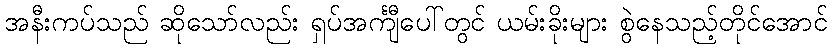
အနီးကပ်သည် ဆိုသော်လည်း ရှပ်အင်္ကျီပေါ်တွင် ယမ်းခိုးများ စွဲနေသည့်တိုင်အောင်